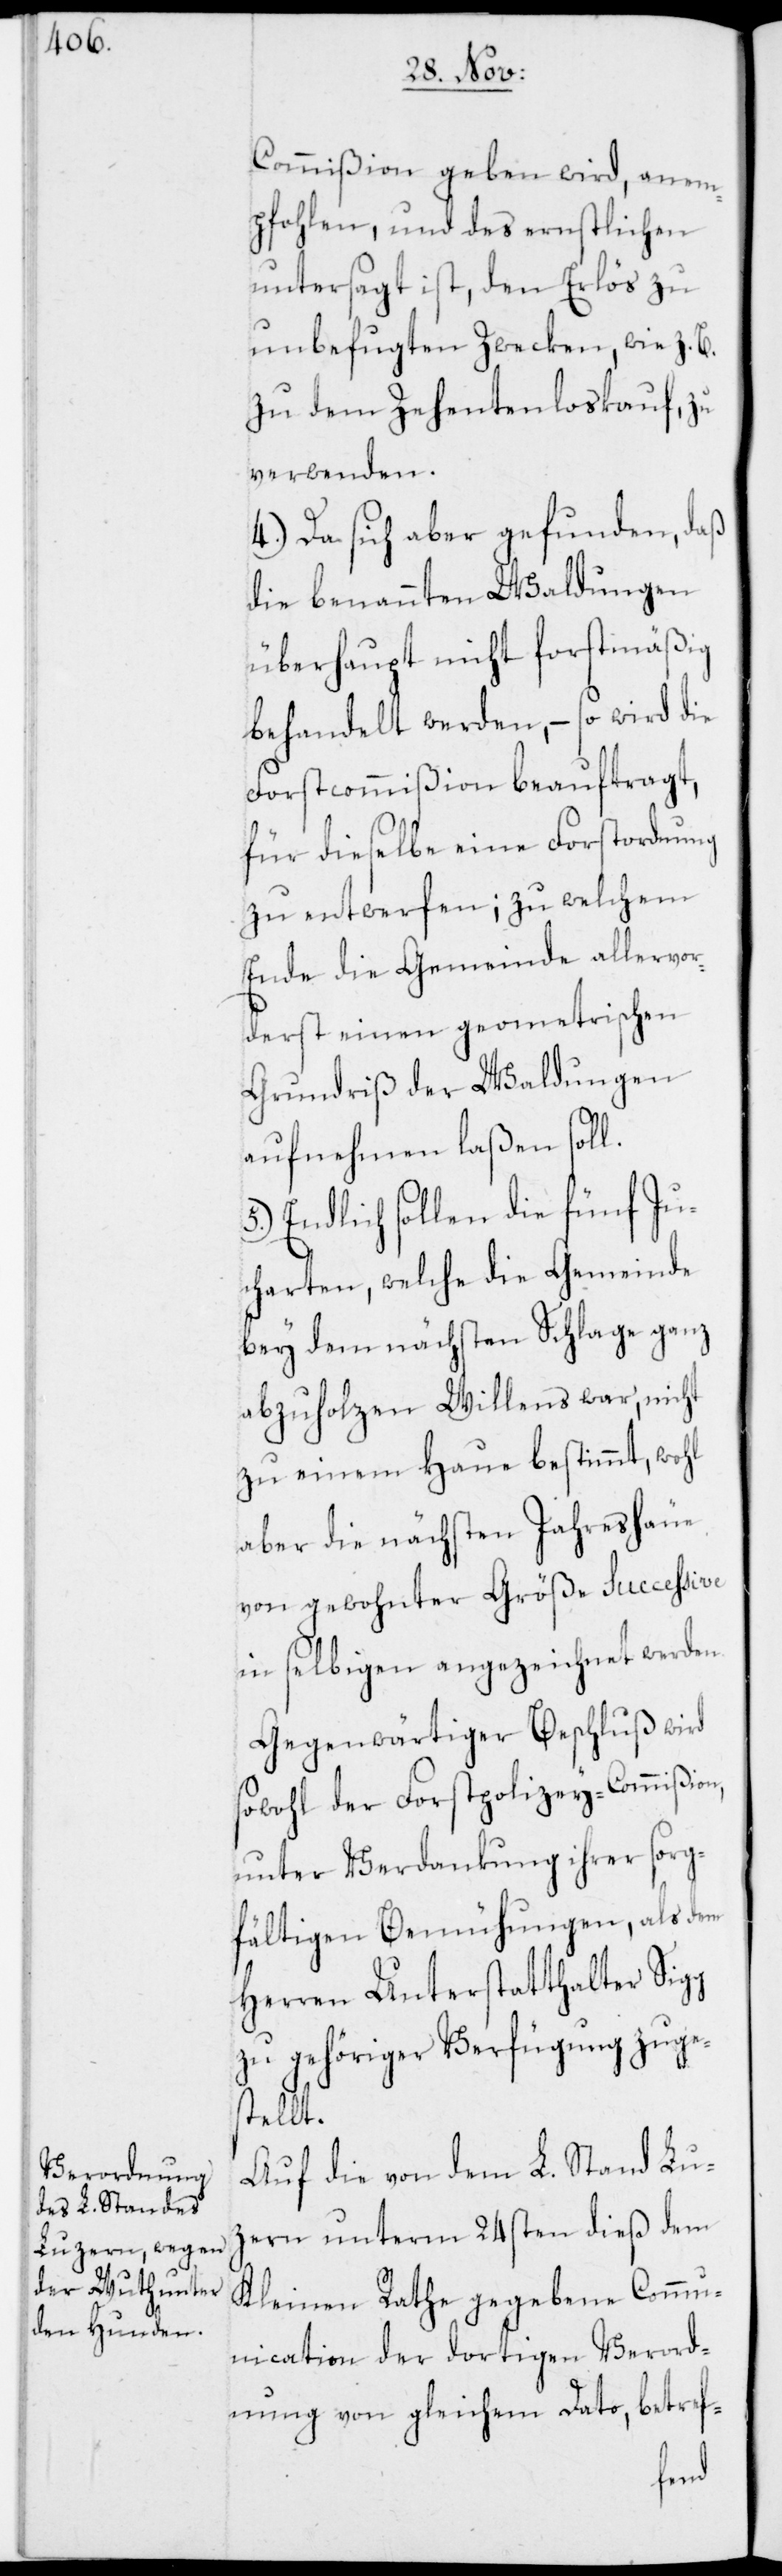
Commißion geben wird, anem¬
pfohlen, und des ernstlichen
untersagt ist, den Erlös zu
unbefugten Zwecken, wie z. B.
zu dem Zehentenloskauf, zu
verwenden.
4.) Da sich aber gefunden, daß
die benannten Waldungen
überhaupt nicht forstmäßig
behandelt werden, – so wird die
Forstcommißion beauftragt,
für dieselbe eine Forstordnung
zu entwerfen; zu welchem
Ende die Gemeinde allervor¬
derst einen geometrischen
Grundriß der Waldungen
aufnehmen laßen soll.
5.) Endlich sollen die fünf Ju¬
charten, welche die Gemeinde
bey dem nächsten Schlage ganz
abzuholzen Willens war, nicht
zu einem Haue bestimmt, wohl
aber die nächsten Jahreshäue
von gewohnter Größe succeßive
in selbigen angezeichnet werden.
Gegenwärtiger Beschluß wird
sowohl der Forstpolizey-Commißion,
unter Verdankung ihrer sorg¬
fältigen Bemühungen, als dem
Herren Unterstatthalter Sigg
zu gehöriger Verfügung zuge¬
stellt.
Auf die von dem L. Stand Luz¬
ern unterm 24sten dieß dem
Kleinen Rathe gegebene Comm¬
unication der dortigen Verord¬
nung von gleichem Dato, betref-